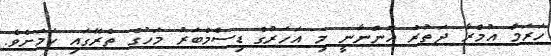
ހަރަމް އުމްރާ ދަތުރު އޮންނާނީ މި އަހަރުގެ ޑިސެމްބަރު މަހުގެ ތެރޭގައި ކަމަށެވެ.